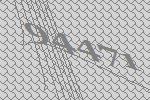
94471